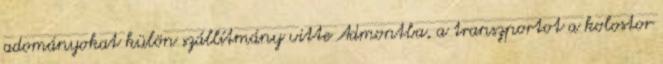
adományokat külön szállítmány vitte Admontba, a transzportot a kolostor